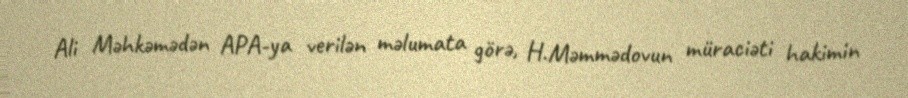
Ali Məhkəmədən APA-ya verilən məlumata görə, H.Məmmədovun müraciəti hakimin